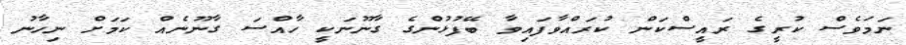
ނަމަވެސް ކުރީގެ ރައީސްކަން ކުރައްވާފައިވާ ބޭފުޅުންގެ ގާނޫނަކީ ހާއްސަ ގާނޫނެއް ކަމަށް ނިހާނު